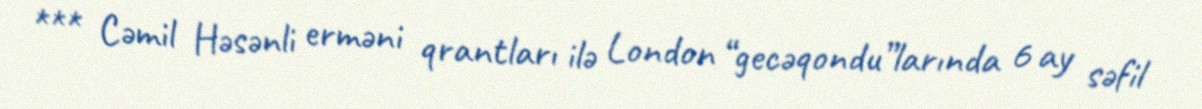
*** Cəmil Həsənli erməni qrantları ilə London “gecəqondu”larında 6 ay səfil